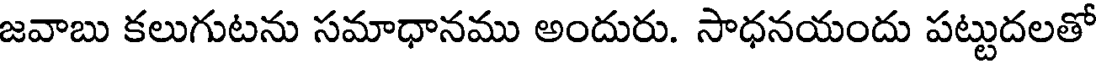
జవాబు కలుగుటను సమాధానము అందురు. సాధనయందు పట్టుదలతో